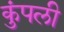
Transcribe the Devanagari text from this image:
कुंपली